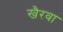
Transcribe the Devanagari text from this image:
खैरवा